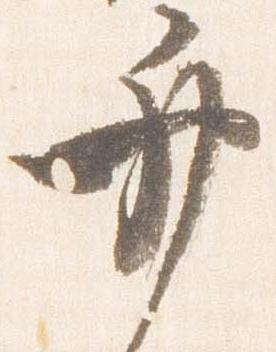
弁